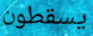
يسقطون